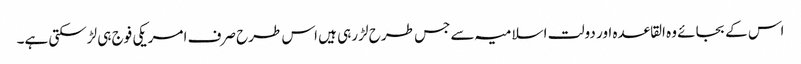
اس کے بجائے وہ القاعدہ اور دولت اسلامیہ سے جس طرح لڑ رہی ہیں اس طرح صرف امریکی فوج ہی لڑسکتی ہے۔